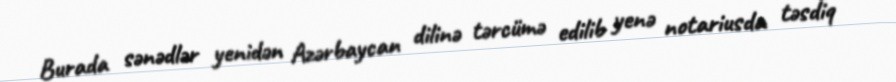
Burada sənədlər yenidən Azərbaycan dilinə tərcümə edilib yenə notariusda təsdiq